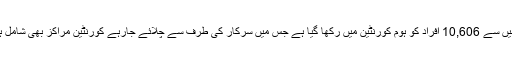
ان میں سے 10,606 اَفراد کو ہوم کورنٹین میں رکھا گیا ہے جس میں سرکار کی طرف سے چلائے جارہے کورنٹین مراکز بھی شامل ہیں ۔